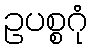
ဥပစ္စဂုံ